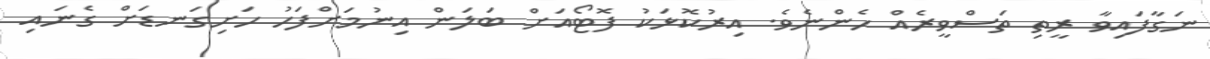
ނަގާފައިވާ ރީތި ތަސްވީރެއް ހެންނެވެ. އިރުކޮޅަކު ފޮޓޯއަށް ބަލަން އިނުމަށްފަހު ހަށިގަނޑަށް ގެނައި